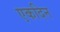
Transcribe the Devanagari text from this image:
एकदिन